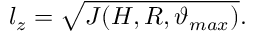
l _ { z } = \sqrt { J ( H , R , \vartheta _ { m a x } ) } .